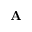
\mathbf { A }